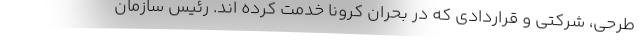
طرحی‌، شرکتی و قراردادی که در بحران کرونا خدمت کرده اند. رئیس سازمان